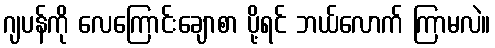
ဂျပန်ကို လေကြောင်းချောစာ ပို့ရင် ဘယ်လောက် ကြာမလဲ။